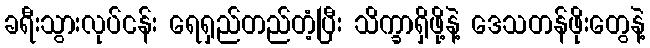
ခရီးသွားလုပ်ငန်း ရေရှည်တည်တံ့ပြီး သိက္ခာရှိဖို့နဲ့ ဒေသတန်ဖိုးတွေနဲ့